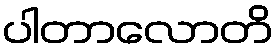
ပါတာလောတိ